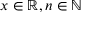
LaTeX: x \in \mathbb { R } , n \in \mathbb { N }